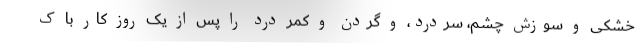
خشکی و سوزش چشم، سردرد، و گردن و کمر درد را پس از یک روز کار با ک